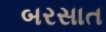
બરસાત